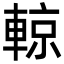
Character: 輬